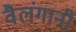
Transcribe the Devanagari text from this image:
वैलंगानी